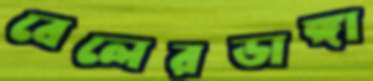
বেলেরডাঙ্গা